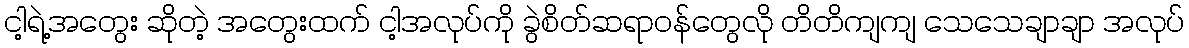
ငါ့ရဲ့အတွေး ဆိုတဲ့ အတွေးထက် ငါ့အလုပ်ကို ခွဲစိတ်ဆရာဝန်တွေလို တိတိကျကျ သေသေချာချာ အလုပ်